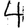
Digit: 4